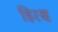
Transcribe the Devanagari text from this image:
हिरश्च